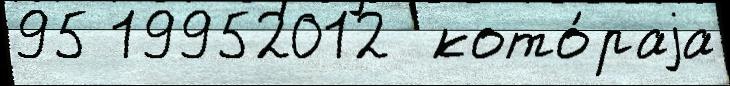
95 19952012  кото́раjа